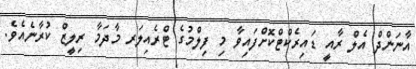
އާނަންދް އެލް ރާއީ ޑައިރެކްޓްކޮށްފައިވާ މި ފިލްމުގެ ޓްރެއިލަރ މާދަމާ ރިލީޒް ކުރާނެއެވެ.